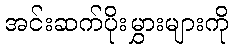
အင်းဆက်ပိုးမွှားများကို